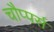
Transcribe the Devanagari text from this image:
चौप्पर्स